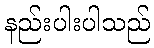
နည်းပါးပါသည်